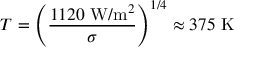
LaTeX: T = \left( { \frac { 1 1 2 0 { \mathrm { ~ W / m } } ^ { 2 } } { \sigma } } \right) ^ { 1 / 4 } \approx 3 7 5 { \mathrm { ~ K } }